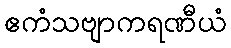
ဧကံသဗျာကရဏီယံ